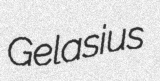
Gelasius